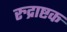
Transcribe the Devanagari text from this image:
रुद्राष्टक